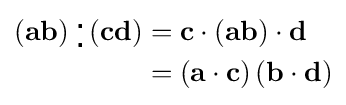
{\begin{aligned}\left(\mathbf {ab} \right){}_{\,\centerdot }^{\,\centerdot }\left(\mathbf {cd} \right)&=\mathbf {c} \cdot \left(\mathbf {ab} \right)\cdot \mathbf {d} \\&=\left(\mathbf {a} \cdot \mathbf {c} \right)\left(\mathbf {b} \cdot \mathbf {d} \right)\end{aligned}}